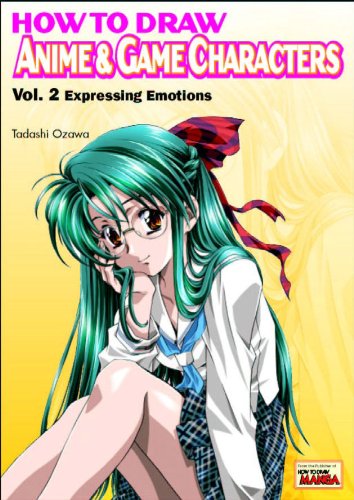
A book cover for How to Draw Anime & Game Characters, Vol. 2: Expressing Emotions; Tadashi Ozawa; Arts & Photography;